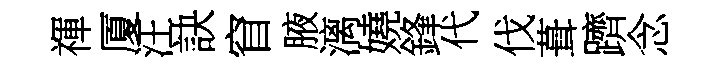
禈厦汪訣窅腋漓嬈鋒代伐葺躋念